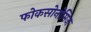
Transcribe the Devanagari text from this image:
फोकसोनोमिज